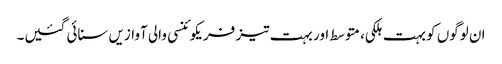
ان لوگوں کو بہت ہلکی، متوسط اور بہت تیز فریکوئنسی والی آوازیں سنائی گئیں۔